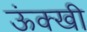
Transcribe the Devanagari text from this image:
ऊंक्खी